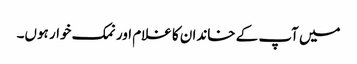
میں آپ کے خاندان کا غلام اور نمک خوار ہوں۔